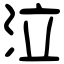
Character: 泣